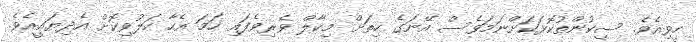
ހީވިއެވެ. ސިކުންތުކޮޅަކަށްނަމަވެސް އޭނަގެ ހިތަށް މިކާލް ވެރިވެފައި ހަމަ އެހާ ހަލުވިކޮށް އެދިޔައީއެވެ.